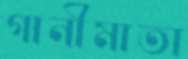
গানীমাতা